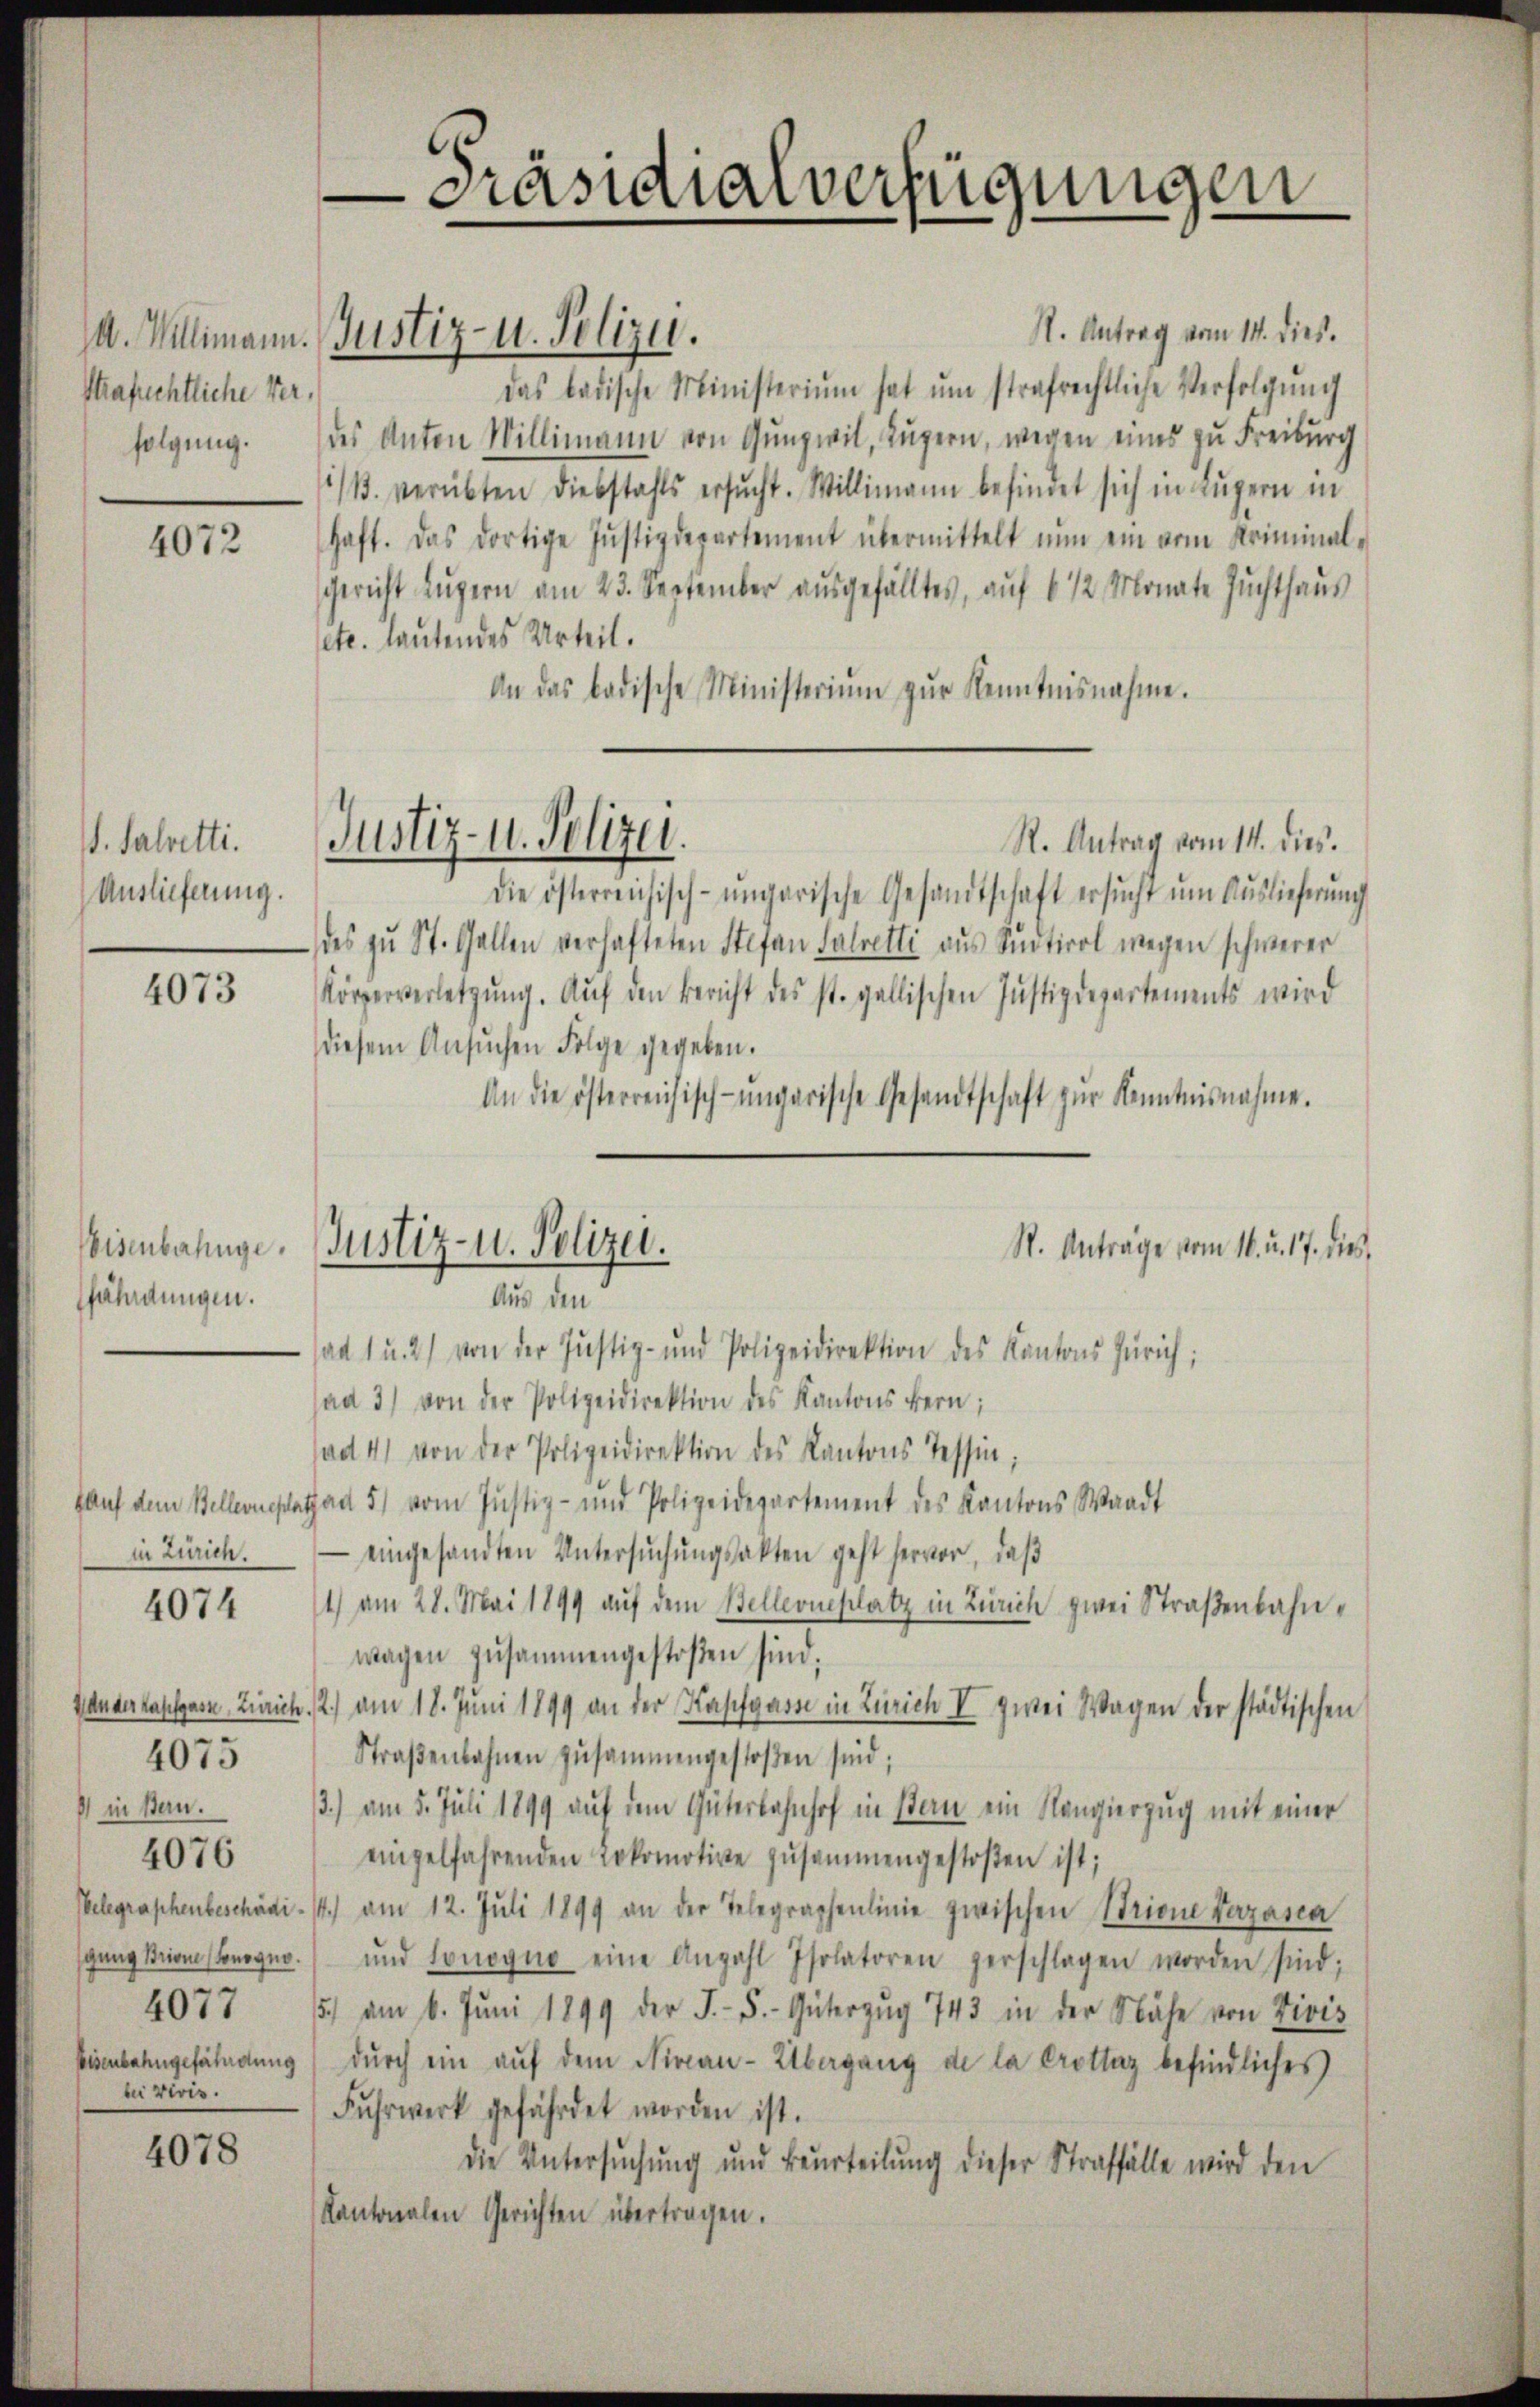
strafechtliche Verfolgung.

4072

. Salvetti.
Auslieferung.

4073

eisenbahnge
fährdungen.

fauf dem Bellevues
in Zürich.

4074

Wander Kapfgase, Zürich
) in Bern.
elegraphenbeschädigung Brione (Sonogno
4077
Eisenbahngefährdung
bei vivis.

4075

4076

4078

Präsidialverfügungen

11. Antrag vom 14. dieß.
das badische Ministerium hat ŭm strafrechtliche Verfolgŭng
des Anton Willimann von Gungwil, Luzern, wegen eines zu Freiburg
/B. verübten Diebstahls ersucht. Willimann befindet sich in Luzern in
haft. Das dortige Justizdepartement übermittelt nun ein vom Kriminal¬
Gericht Lŭzern am 23. September aŭsgefälltes, auf 6 1/2 Monate Zŭchthaŭs
sete. lautendes Urteil.
An das badische Ministeriŭm zŭr Kenntnisnahme.
R. Antrag vom 14. dies
die österreichisch-ungarische Gesandtschaft ersŭcht ŭm Aŭslieferŭng
des zŭ St. Gallen verhafteten Stefan Salretti aus Südtirol wegen schwerer
Körperverletzŭng. Aŭf den Bericht des st. gallischen Justizdepartements wird
diesem Ansŭchen Folge gegeben.
An die österreichisch-ungarische Gesandtschaft zŭr Kenntnisnahme.
ad 1 u. 2) von der Justiz- und Polizeidirektion des Kantons Zürich;
ad 3) von der Polizeidirektion des Kantons Bern;
ad 41 von der Polizeidirektion des Kantons Tessin
ad 5) vom Justiz- und Polizeidepartement des Kantons Waadt
eingesandten Untersuchungsakten geht hervor, daß
1) am 28. Mai 1899 auf dem Bellevueplatz in Zürich zwei Straßenbahnwagen zusammengestoßen sind;
2.) am 18. Juni 1899 an der Kapfgarn in Zürich I zwei Wagen der städtischen
Straβenbahnen zusammengestoßen sind;
3.) am 5. Juli 1899 auf dem Güterbahnhof in Bern ein Rangierzug mit einer
einzelfahrenden Lokomotive zusammengestoßen ist;
14.) am 12. Juli 1899 an der Telegraphenlinie zwischen Strione Verzania
und sonogno eine Anzahl Isolatoren verschlagen worden sind;
5) am 6. Juni 1899 der J. S. Güterzŭg 743 in der Nähe von Divis
dŭrch ein aŭf dem Niveau-Übergang de la Crotlaz befindliches
Fuhrwerk gefährdet worden ist.
die Untersŭchŭng und Beurteilŭng dieser Straffälle wird den
Kantonalen Gerichten übertragen.

A. Willimann. Justiz- u. Polizei.

Justiz- u. Polizei.

Justiz- u. Polizei.
Aus den

St. Anträge vom 16. u. 17. dies